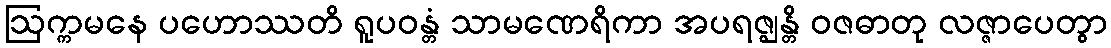
ဩက္ကမနေ ပဟောဿတိ ရူပဝန္တံ သာမဏေရိကာ အပရဇ္ဈန္တိ ဝဇဓာတု လဇ္ဇာပေတွာ